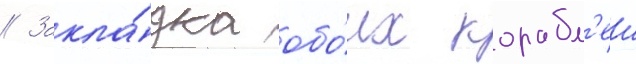
// Закла́дка обо́их корабл'еи